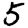
Digit: 5